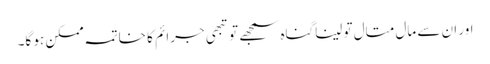
اور ان سے مال متال تو لیناگناہ سمجھے تو تبھی جرائم کا خاتمہ ممکن ہو گا۔